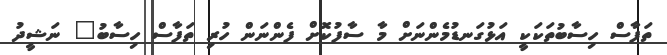
ތަފާސް ހިސާބުތަކަކީ އަޅުގަނޑުމެންނަށް މާ ސާފުކޮށް ފެންނަން ހުރި ތަފާސް ހިސާބު" ނަޝީދު